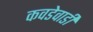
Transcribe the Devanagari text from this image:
कवडेवाडी